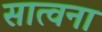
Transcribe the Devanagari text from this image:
सात्वना